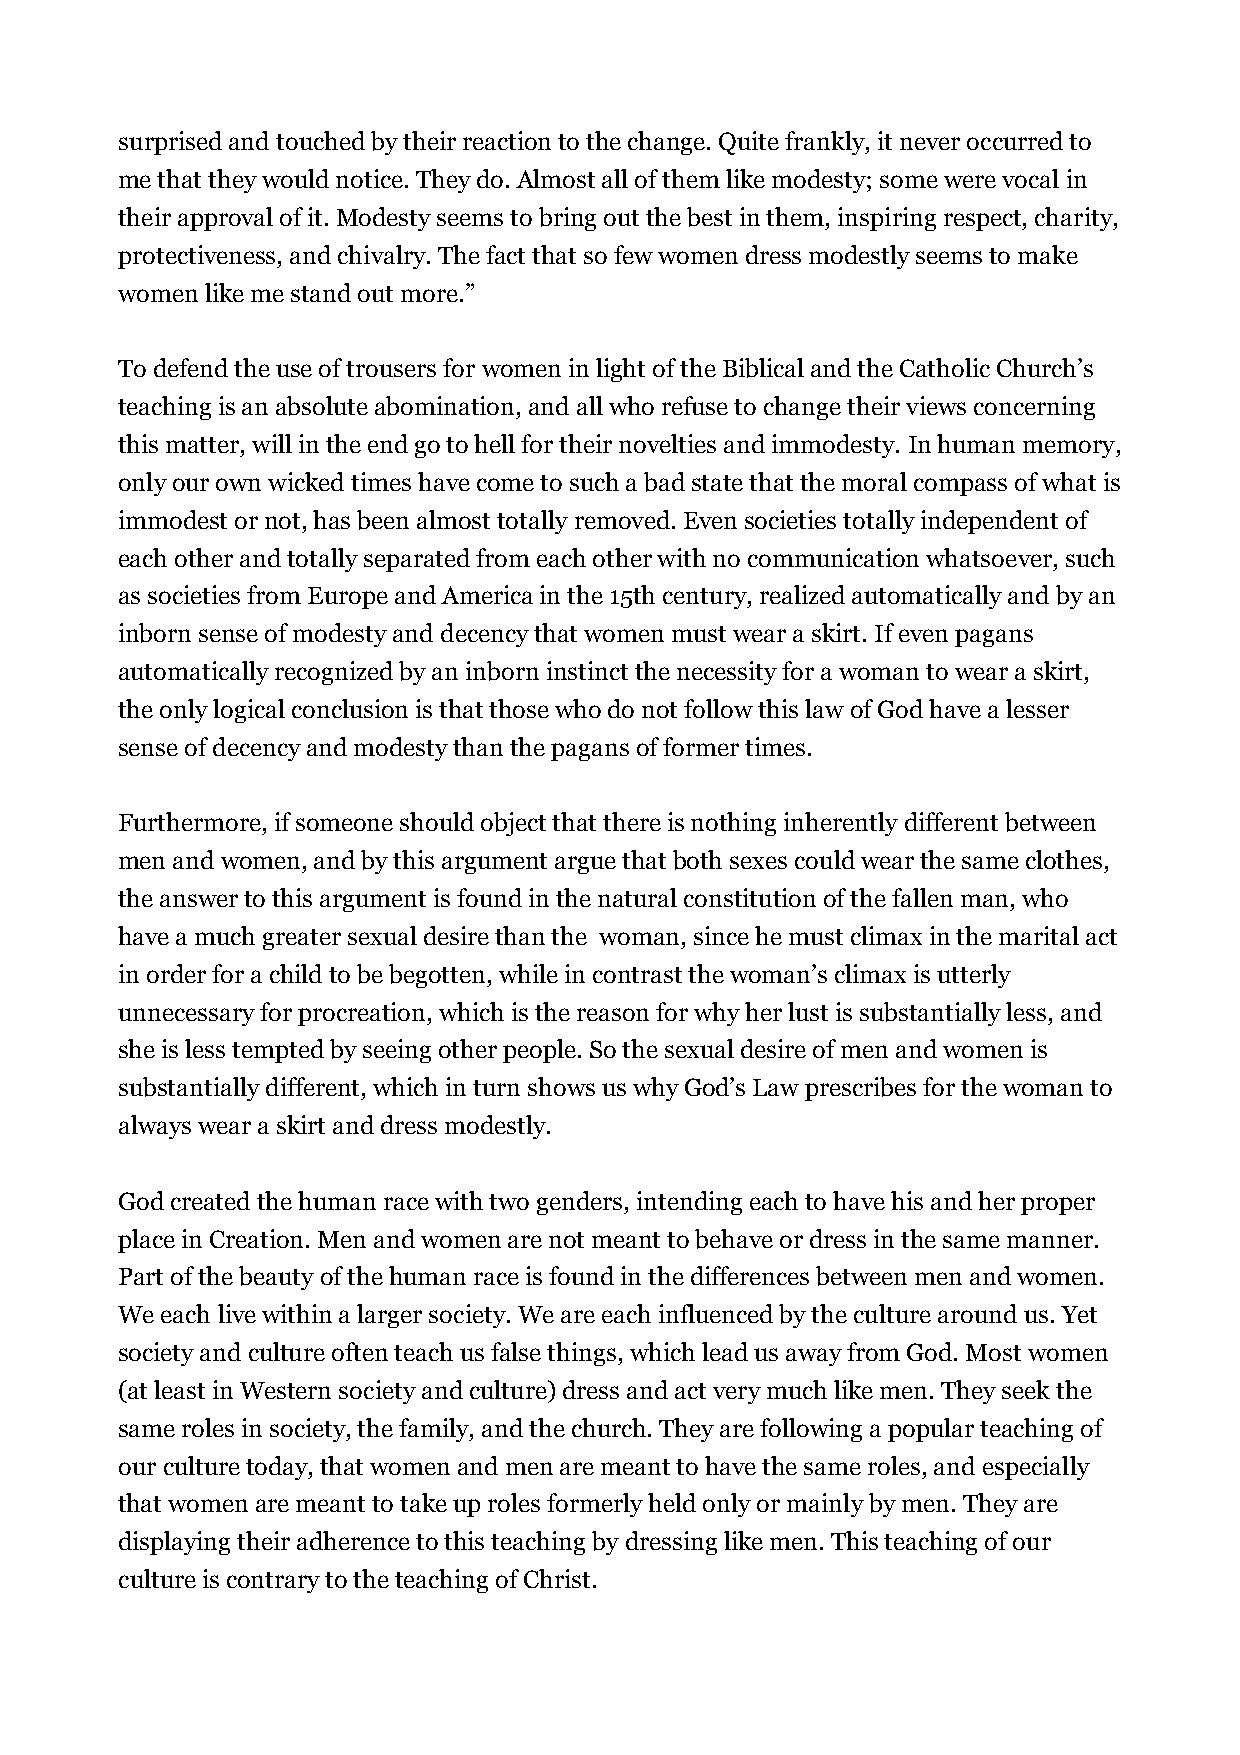
surprised and touched by their reaction to the change. Quite frankly, it never occurred to
 me that they would notice. They do. Almost all of them like modesty; some were vocal in
 their approval of it. Modesty seems to bring out the best in them, inspiring respect, charity,
 protectiveness, and chivalry. The fact that so few women dress modestly seems to make
 women like me stand out more.”
 To defend the use of trousers for women in light of the Biblical and the Catholic Church’s
 teaching is an absolute abomination, and all who refuse to change their views concerning
 this matter, will in the end go to hell for their novelties and immodesty. In human memory,
 only our own wicked times have come to such a bad state that the moral compass of what is
 immodest or not, has been almost totally removed. Even societies totally independent of
 each other and totally separated from each other with no communication whatsoever, such
 as societies from Europe and America in the 15th century, realized automatically and by an
 inborn sense of modesty and decency that women must wear a skirt. If even pagans
 automatically recognized by an inborn instinct the necessity for a woman to wear a skirt,
 the only logical conclusion is that those who do not follow this law of God have a lesser
 sense of decency and modesty than the pagans of former times.
 Furthermore, if someone should object that there is nothing inherently different between
 men and women, and by this argument argue that both sexes could wear the same clothes,
 the answer to this argument is found in the natural constitution of the fallen man, who
 have a much greater sexual desire than the woman, since he must climax in the marital act
 in order for a child to be begotten, while in contrast the woman’s climax is utterly
 unnecessary for procreation, which is the reason for why her lust is substantially less, and
 she is less tempted by seeing other people. So the sexual desire of men and women is
 substantially different, which in turn shows us why God’s Law prescribes for the woman to
 always wear a skirt and dress modestly.
 God created the human race with two genders, intending each to have his and her proper
 place in Creation. Men and women are not meant to behave or dress in the same manner.
 Part of the beauty of the human race is found in the differences between men and women.
 We each live within a larger society. We are each influenced by the culture around us. Yet
 society and culture often teach us false things, which lead us away from God. Most women
 (at least in Western society and culture) dress and act very much like men. They seek the
 same roles in society, the family, and the church. They are following a popular teaching of
 our culture today, that women and men are meant to have the same roles, and especially
 that women are meant to take up roles formerly held only or mainly by men. They are
 displaying their adherence to this teaching by dressing like men. This teaching of our
 culture is contrary to the teaching of Christ.